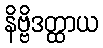
နိဗ္ဗိဒတ္ထာယ